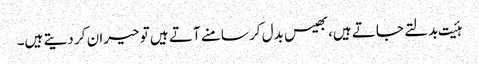
ہئیت بدلتے جاتے ہیں،بھیس بدل کر سامنے آتے ہیں تو حیران کر دیتے ہیں۔